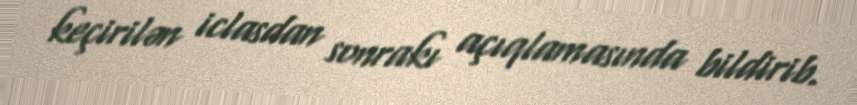
keçirilən iclasdan sonrakı açıqlamasında bildirib.